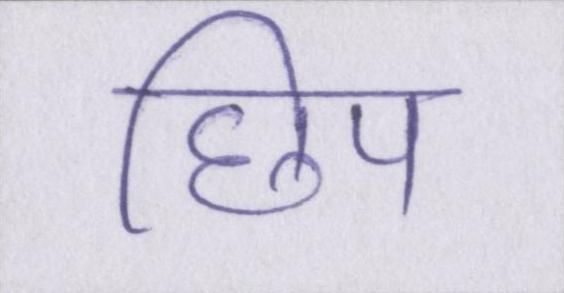
छिप